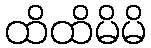
ထိထိမိမိ